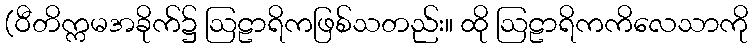
(ဝီတိက္ကမအခိုက်၌ ဩဠာရိကဖြစ်သတည်း။ ထို ဩဠာရိကကိလေသာကို